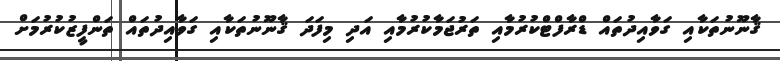
ޤާނޫނުތަކާއި ގަވާއިދުތައް ޑްރާފްޓްކުރުމާއި ތަރުޖަމާކުރުމާއި އަދި މިފަދަ ޤާނޫނުތަކާއި ގަވާއިދުތައް ތަންފީޒުކުރުމަށް